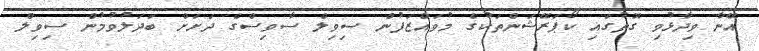
އޭނާ ވިދާޅުވި ގޮތުގައި ކޯޕަރޭޝަންތަކުގެ މުވައްޒަފުން ސިވިލް ސާވިސްގެ ދަށަށް ބަދަލުވުމުން ސިވިލް